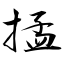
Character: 掹